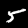
Digit: 5